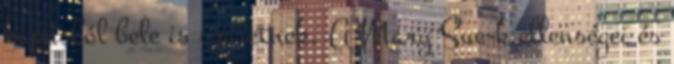
kapásból bele is szeretnek. A Mary Sue-k ellenségei és